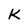
Character: K